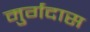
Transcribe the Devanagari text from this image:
मुर्गदास